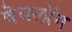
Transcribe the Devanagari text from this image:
वॆबलॉग